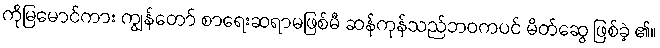
ကိုမြမောင်ကား ကျွန်တော် စာရေးဆရာမဖြစ်မီ ဆန်ကုန်သည်ဘဝကပင် မိတ်ဆွေ ဖြစ်ခဲ့ ၏။